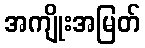
အကျိုးအမြတ်